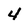
Character: 4